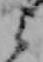
ミ